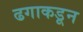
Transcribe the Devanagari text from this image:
ढगाकडून